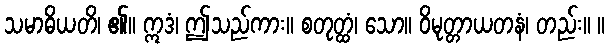
သမာဓိယတိ၊ ၏။ ဣဒံ၊ ဤသည်ကား။ စတုတ္ထံ၊ သော။ ဝိမုတ္တာယတနံ၊ တည်း။ ။